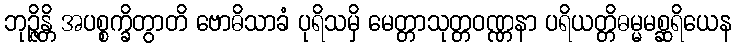
ဘုဉ္ဇိန္တိ အပစ္စက္ခိတွာတိ ဗောဓိသာခံ ပုရိသမှိ မေတ္တာသုတ္တဝဏ္ဏနာ ပရိယတ္တိဓမ္မမစ္ဆရိယေန